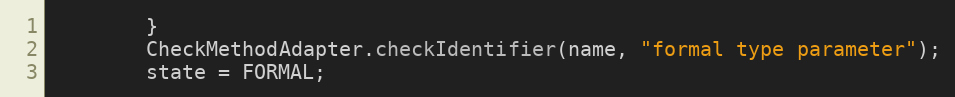
Language: Java
        }
        CheckMethodAdapter.checkIdentifier(name, "formal type parameter");
        state = FORMAL;